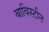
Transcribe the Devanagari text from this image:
बाविस्टीन